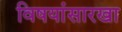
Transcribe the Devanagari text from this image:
विषयांसारखा